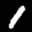
Label: 1